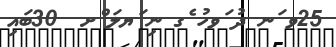
25ވ ަނ ދު ަވހު ެގ ނި ަޔލަ ްށ  30ބައި